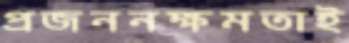
প্রজননক্ষমতাই